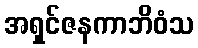
အရှင်ဇနကာဘိဝံသ